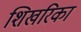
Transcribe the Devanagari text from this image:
शिखरिका